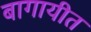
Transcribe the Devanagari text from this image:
बागायीत